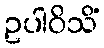
ဥပါဝိသိံ